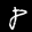
Label: 8